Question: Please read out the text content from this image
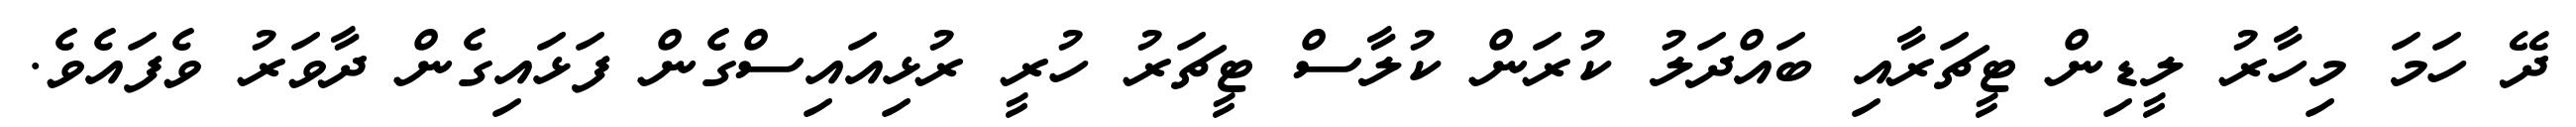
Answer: ދޭ ހަމަ މިހާރު ލީޑިން ޓީޗަރާއި ބައްދަލު ކުރަން ކުލާސް ޓީޗަރު ހުރީ ރުޅިއައިސްގެން ފަޅައިގެން ދާވަރު ވެފައެވެ.